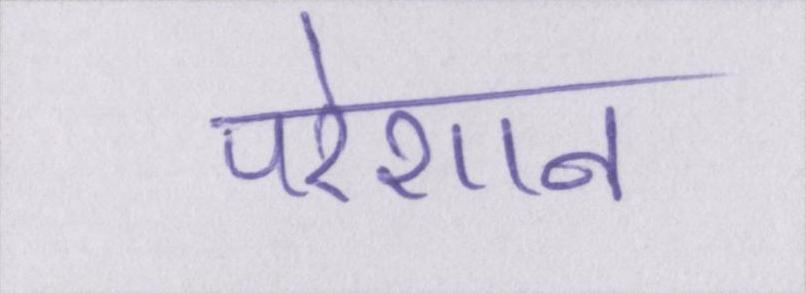
परेशान